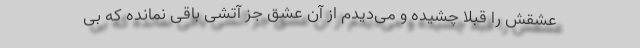
عشقش را قبلاً چشیده و می‌دیدم از آن عشق جز آتشی باقی نمانده که بی